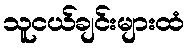
သူငယ်ချင်းများထံ